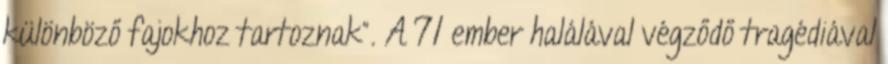
különböző fajokhoz tartoznak”. A 71 ember halálával végződő tragédiával